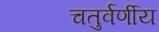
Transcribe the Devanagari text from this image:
चतुर्वर्णीय